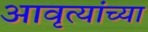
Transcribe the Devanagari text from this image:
आवृत्यांच्या